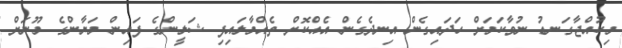
މިކުއްޖާގަނޑު ނުވާކަމަށް ހަދައިގެން އިނދެގެން އެއްކޮށް ތެއްމާލައިފި ޝަލީންގެ ފައިން މަޔާންގެ މޫނަށް